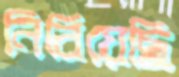
নিবিয়েছি